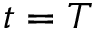
t = T